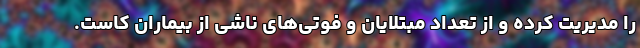
را مدیریت کرده و از تعداد مبتلایان و فوتی‌های ناشی از بیماران کاست.